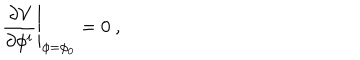
\left. \frac { \partial \mathcal { V } } { \partial \phi ^ { i } } \right| _ { \phi = \phi _ { 0 } } = 0 ~ ,